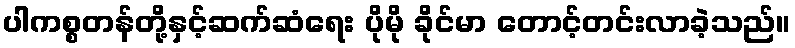
ပါကစ္စတန်တို့နှင့်ဆက်ဆံရေး ပိုမို ခိုင်မာ တောင့်တင်းလာခဲ့သည်။